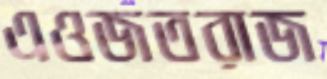
এওজতরাজ